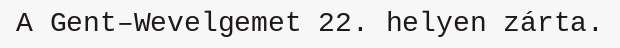
A Gent–Wevelgemet 22. helyen zárta.